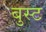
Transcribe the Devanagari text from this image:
बुस्ट